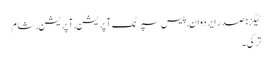
ٹیگز: صدر ایردوان , پیس سپرنگ آپریشن , آپریشن , شام
ترکی ۔